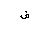
Letter: _fa